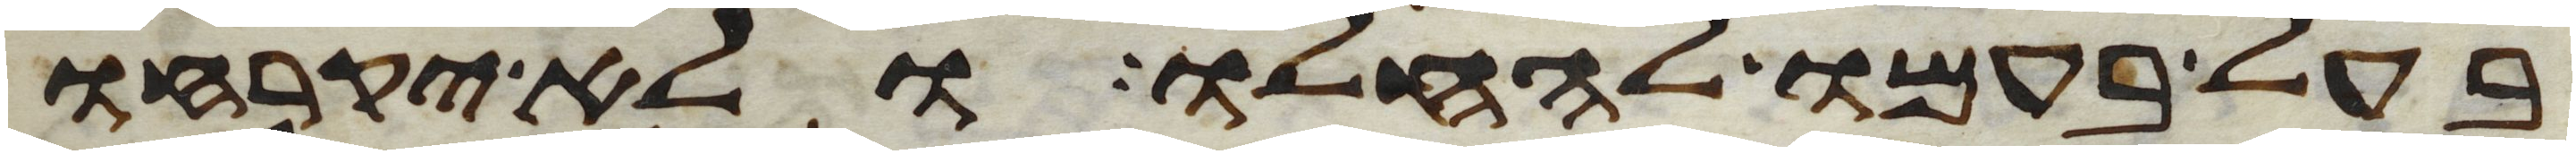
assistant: בעל בעמו להחלו ולא יקרחו